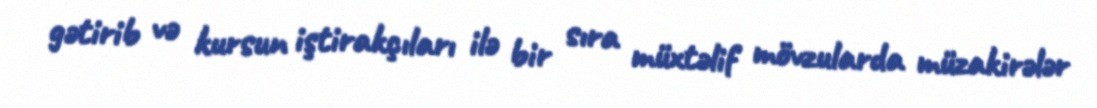
gətirib və kursun iştirakçıları ilə bir sıra müxtəlif mövzularda müzakirələr